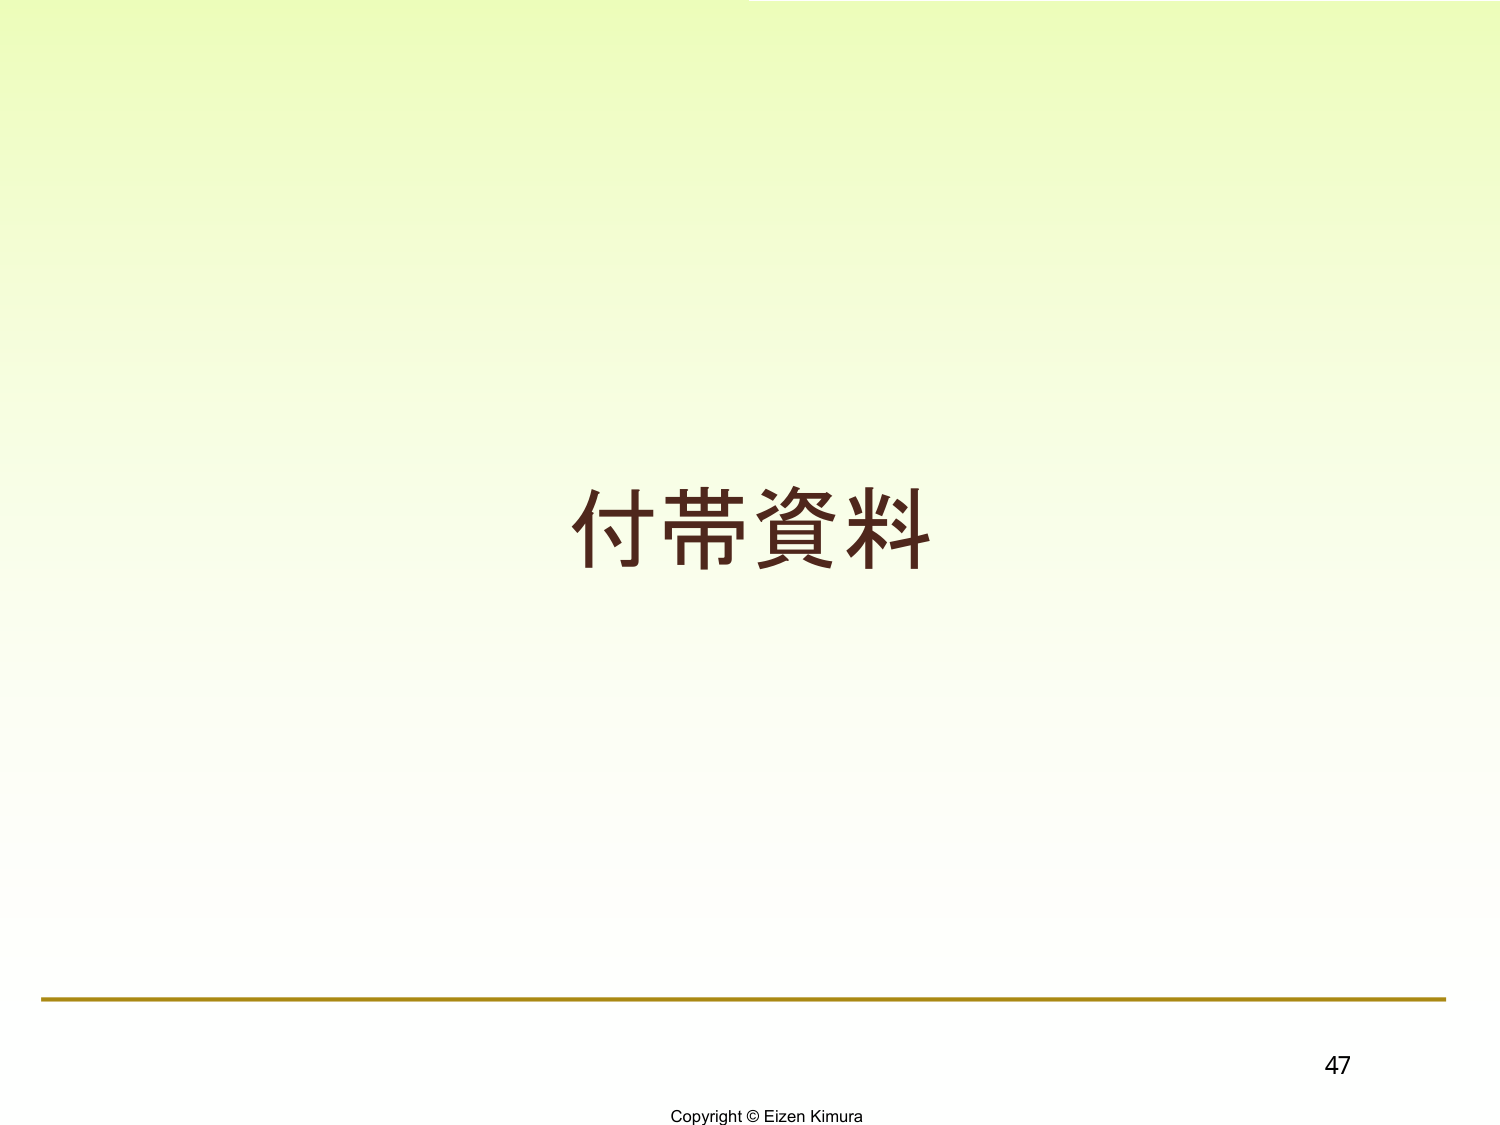
付帯資料

Copyright © Eizen Kimura
47